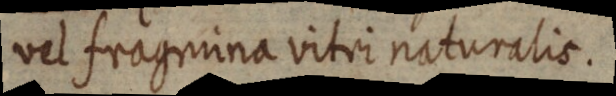
vel fragmina vitri naturalis.